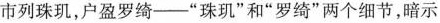
市列珠玑，户盈罗绮——”珠玑”和”罗绮”两个细节，暗示